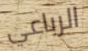
الرباعي